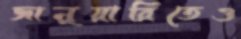
জানুয়ারিতেও